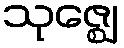
သုဇ္ဈေ